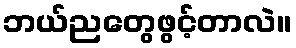
ဘယ်ညတွေဖွင့်တာလဲ။